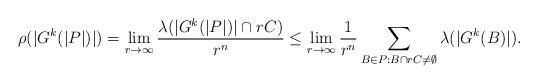
LaTeX: \begin{align*}\rho(|G^k(|P|)|) = \lim_{r \to \infty} \frac{\lambda(|G^k(|P|)| \cap r C)}{r^n} \leq \lim_{r \to \infty} \frac{1}{r^n} \sum_{B \in P : B \cap rC \neq \emptyset} \lambda(|G^k(B)|).\end{align*}